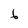
Character: 6